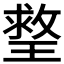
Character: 𤨣